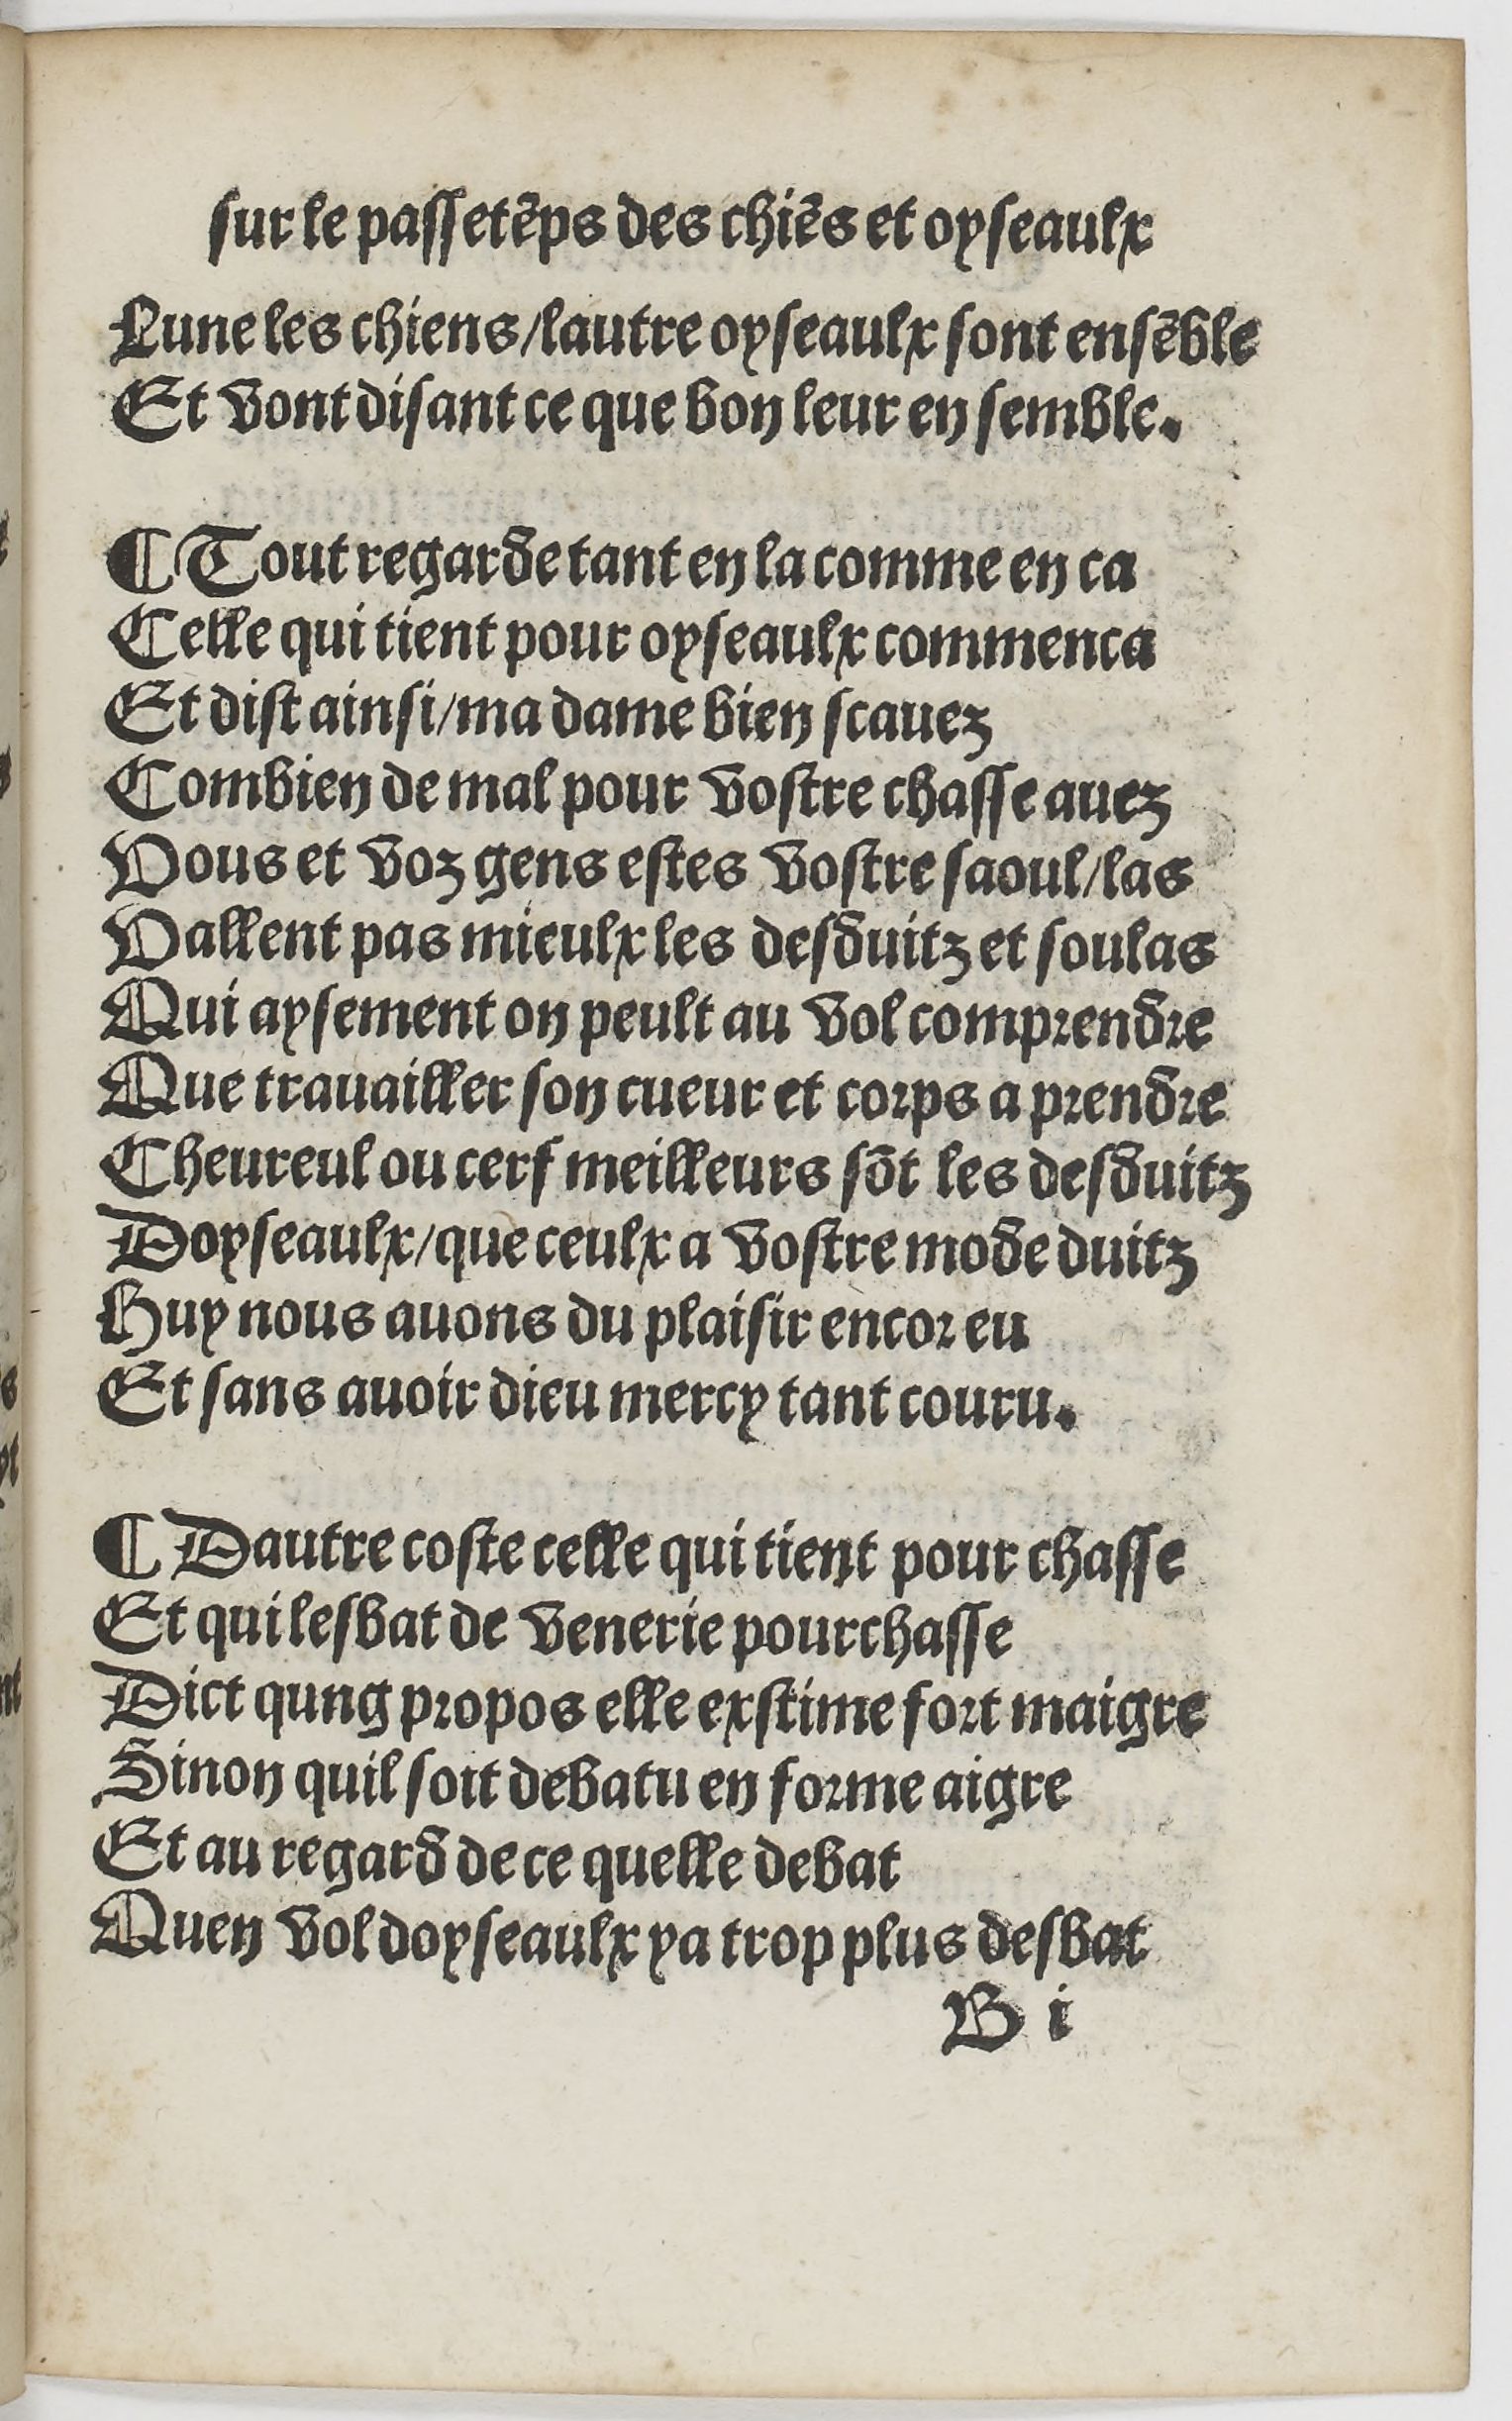
Shelfmark: Paris, BnF, Rés. YE-1395
Century: 16